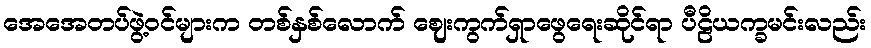
အေအေတပ်ဖွဲ့ဝင်များက တစ်နှစ်လောက် ဈေးကွက်ရှာဖွေရေးဆိုင်ရာ ပီဠိယက္ခမင်းလည်း